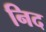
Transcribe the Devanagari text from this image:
निद